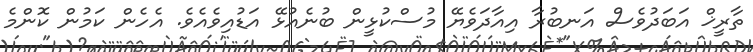
ތާރީޚް އަބަދުވެސް އަނބުރާ އިއާދަވެޔޭ މުސްކުޅީން ބުނެއުޅޭ އަޑުއިވެއެވެ. އެހެން ކަމުން ކޮންމެ